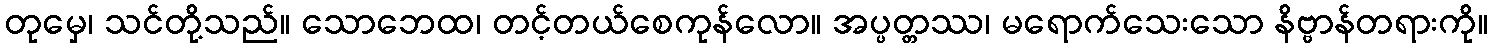
တုမှေ၊ သင်တို့သည်။ သောဘေထ၊ တင့်တယ်စေကုန်လော။ အပ္ပတ္တဿ၊ မရောက်သေးသော နိဗ္ဗာန်တရားကို။